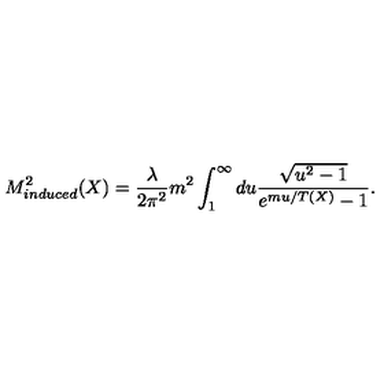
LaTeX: M _ { i n d u c e d } ^ { 2 } ( X ) = \frac { \lambda } { 2 \pi ^ { 2 } } m ^ { 2 } \int _ { 1 } ^ { \infty } d u \frac { \sqrt { u ^ { 2 } - 1 } } { e ^ { m u / T ( X ) } - 1 } .